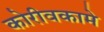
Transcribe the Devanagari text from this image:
कोरीवकामे